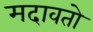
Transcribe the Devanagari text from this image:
मदावतो